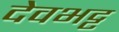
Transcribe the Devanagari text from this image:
देवभट्ट